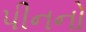
પીનનો